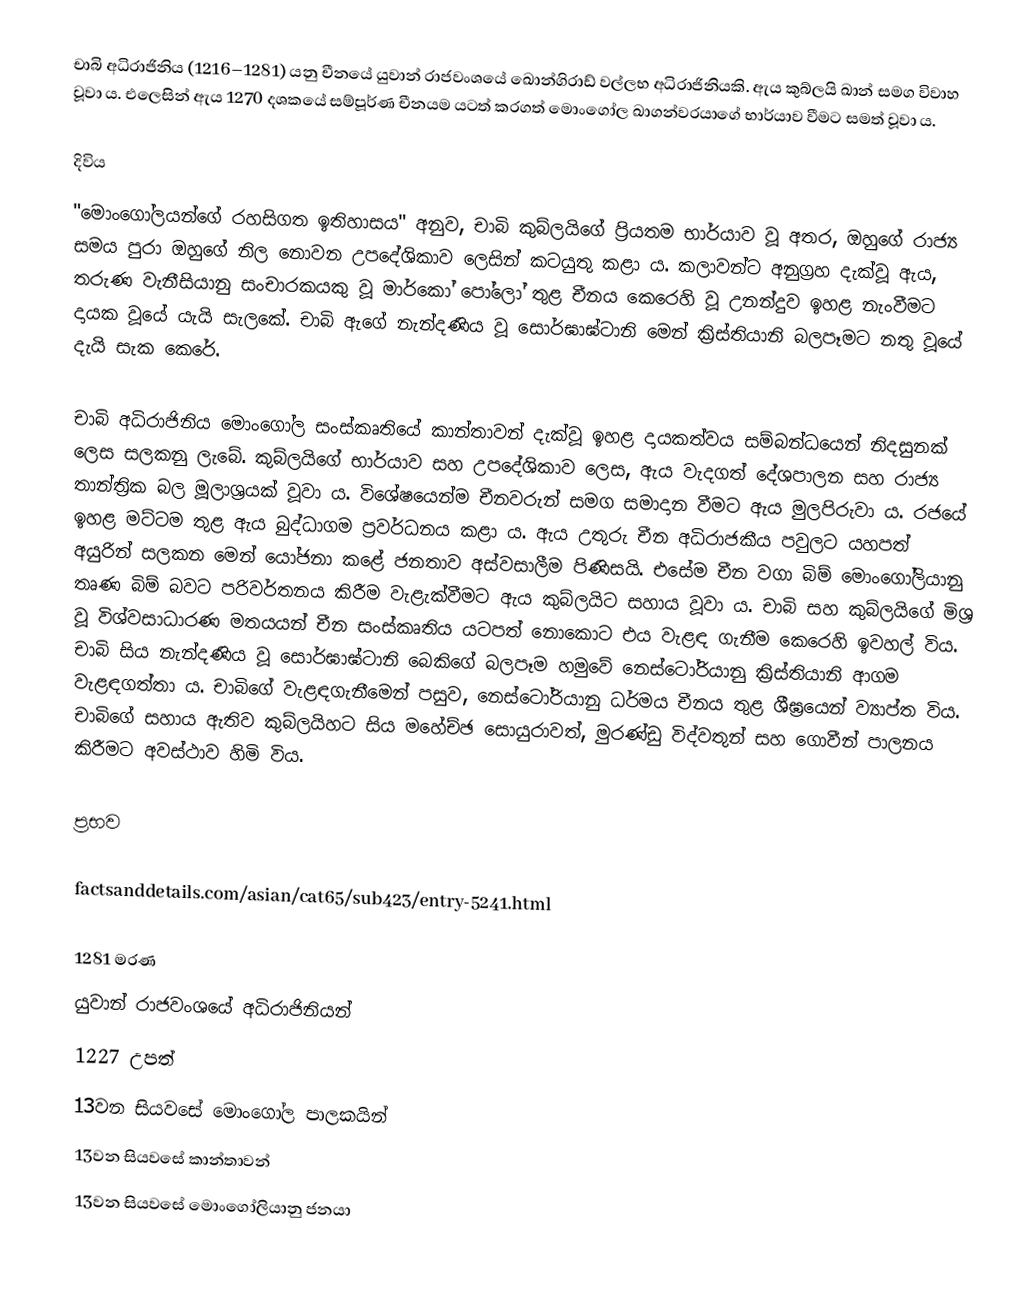
චාබි අධිරාජිනිය (1216–1281) යනු චීනයේ යුවාන් රාජවංශයේ ඛොන්ගිරාඩ් වල්ලභ අධිරාජිනියකි. ඇය කුබ්ලයි ඛාන්‍ සමග විවාහ වූවා ය. එලෙසින් ඇය 1270 දශකයේ සම්පූර්ණ චීනයම යටත් කරගත් මොංගෝල ඛාගන්වරයාගේ භාර්යාව වීමට සමත් වූවා ය.

දිවිය
"මොංගෝලයන්ගේ රහසිගත ඉතිහාසය" අනුව, චාබි කුබ්ලයිගේ ප්‍රියතම භාර්යාව වූ අතර, ඔහුගේ රාජ්‍ය සමය පුරා ඔහුගේ නිල නොවන උපදේශිකාව ලෙසින් කටයුතු කළා ය. කලාවන්ට අනුග්‍රහ දැක්වූ ඇය, තරුණ වැනීසියානු සංචාරකයකු වූ මාර්කෝ පෝලෝ‍ තුළ චීනය කෙරෙහි වූ උනන්දුව ඉහළ නැංවීමට දායක වූයේ යැයි සැලකේ. චාබි ඇගේ නැන්දණිය වූ සොර්ඝාඝ්ටානි මෙන් ක්‍රිස්තියානි බලපෑමට නතු වූයේ දැයි සැක කෙරේ.

චාබි අධිරාජිනිය මොංගෝල සංස්කෘතියේ කාන්තාවන් දැක්වූ ඉහළ දායකත්වය සම්බන්ධයෙන් නිදසුනක් ලෙස සලකනු ලැබේ. කුබ්ලයිගේ භාර්යාව සහ උ‍පදේශිකාව ලෙස, ඇය වැදගත් දේශපාලන සහ රාජ්‍ය තාන්ත්‍රික බල මූලාශ්‍රයක් වූවා ය. විශේෂයෙන්ම චීනවරුන් සමග සමාදාන වීමට ඇය මුලපිරුවා ය. රජයේ ඉහළ මට්ටම තුළ ඇය බුද්ධාගම ප්‍රවර්ධනය කළා ය. ඇය උතුරු චීන අධිරාජකීය පවුලට යහපත් අයුරින් සලකන මෙන් යෝජනා කළේ ජනතාව අස්වසාලීම පිණිසයි. එසේම චීන වගා බිම් මොංගෝලියානු තෘණ බිම් බවට පරිවර්තනය කිරීම වැළැක්වීමට ඇය කුබ්ලයිට සහාය වූවා ය. චාබි සහ කුබ්ලයිගේ මිශ්‍ර වූ විශ්වසාධාරණ මතයයන් චීන සංස්කෘතිය යටපත් නොකොට එය වැළඳ ගැනීම කෙරෙහි ඉවහල් විය. චාබි සිය නැන්දණිය වූ සොර්ඝාඝ්ටානි බෙකිගේ බලපෑම හමුවේ නෙස්ටෝරියානු ක්‍රිස්තියානි ආගම වැළඳගත්තා ය. චාබිගේ වැළඳගැනීමෙන් පසුව, නෙස්ටෝරියානු ධර්මය චීනය තුළ ශීඝ්‍රයෙන් ව්‍යාප්ත විය. චාබිගේ සහාය ඇතිව කුබ්ලයිහට සිය මහේච්ඡ සොයුරාවත්, මුරණ්ඩු විද්වතුන් සහ ගොවීන් පාලනය කිරීමට අවස්ථාව හිමි විය.

ප්‍රභව

 factsanddetails.com/asian/cat65/sub423/entry-5241.html

1281 මරණ
යුවාන් රාජවංශයේ අධිරාජිනියන්
1227 උපත්
13වන සියවසේ මොංගෝල පාලකයින්
13වන සියවසේ කාන්තාවන්
13වන සියවසේ මොංගෝලියානු ජනයා